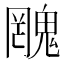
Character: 𲌫